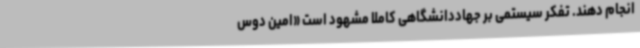
انجام دهند. تفکر سیستمی بر جهاددانشگاهی کاملا مشهود است «امین دوس